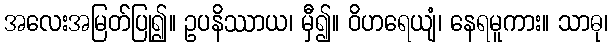
အလေးအမြတ်ပြု၍။ ဥပနိဿာယ၊ မှီ၍။ ဝိဟရေယျံ၊ နေရမူကား။ သာဓု၊